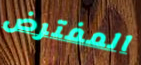
المفترض